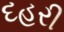
દહરી